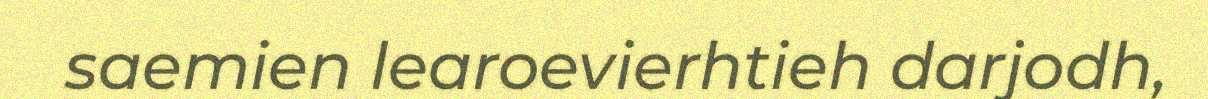
saemien learoevierhtieh darjodh,